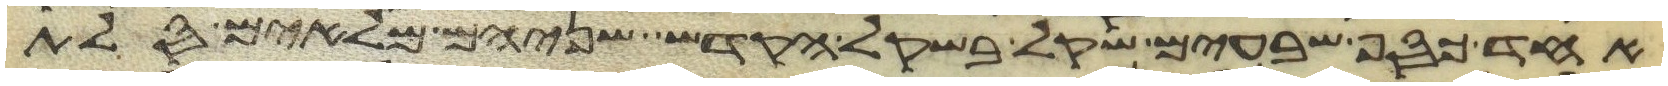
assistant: אחד כסף שבעים שקל בשקל הקדש שניהם מלאים סלת